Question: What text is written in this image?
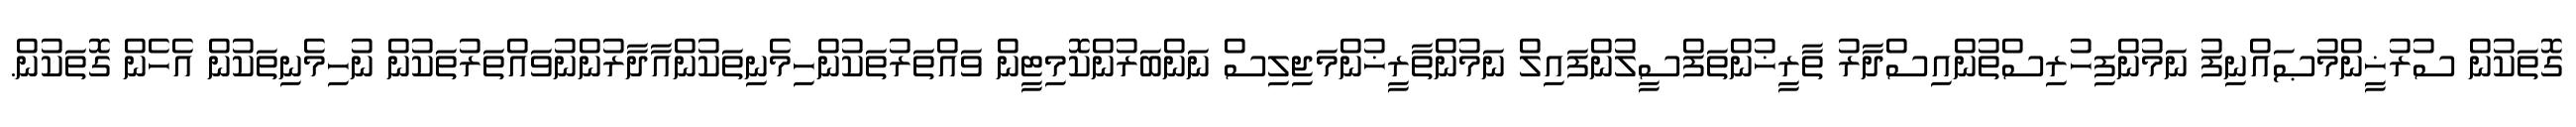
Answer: ގޮތަކުން ސުރުޚީންމުޞައްނިފު ނަމުންފިހުރިސްތުންއިސްދާރު ތާރީޚުންތަފްސީލުންފައިލް ނަމުންތާރީޚުންމަޖިލިސް ނަންބަރުންކޮމިޓީން ވައްތަރުތަކުންހިމެނިތަކުންއާދާރުންނުވައްތަރުތަކުން ނުހިމެނިތަކުން އެހެން ގޮތަކުން.